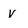
Character: v